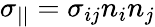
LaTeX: \sigma_{||}=\sigma_{ij}n_{i}n_{j}